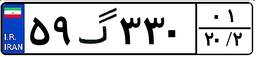
۹۵گ۲۱۲۴۳